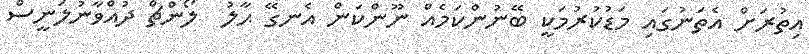
އިތުރަށް އެތަނުގައި މަޑުކުރުމަކީ ބޭނުންކަމެއް ނޫންކަން އެނގޭ ޙާލު  ލޯންޗް ދުއްވާނުލަނީސް